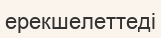
ерекшелеттеді